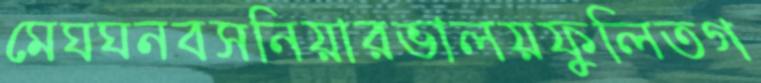
মেঘঘনবসনিয়ারভালয়ফুলিতগ